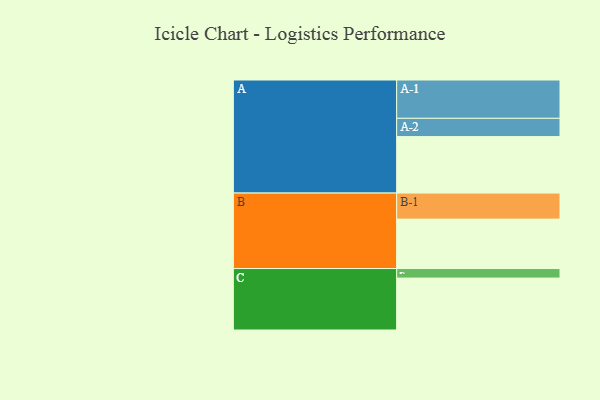
{"axis": {"x": "Segment", "y": "Value"}, "legend": ["", "A", "B", "C"], "data": [{"x": "A", "y": 386, "type": ""}, {"x": "B", "y": 338, "type": ""}, {"x": "C", "y": 355, "type": ""}, {"x": "A-1", "y": 262, "type": "A"}, {"x": "A-2", "y": 125, "type": "A"}, {"x": "B-1", "y": 178, "type": "B"}, {"x": "C-1", "y": 65, "type": "C"}]}